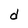
Character: d